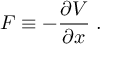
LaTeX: F \equiv - \frac { \partial V } { \partial x } \; .